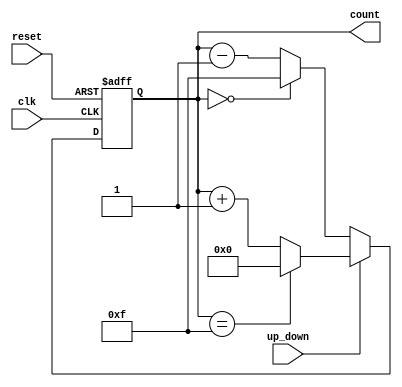
module UpDownCounter #(parameter N = 4) (
    input wire clk,              // Clock signal
    input wire reset,            // Asynchronous reset signal
    input wire up_down,          // Control signal: 1 for up, 0 for down
    output reg [N-1:0] count     // N-bit count output
);

    // Asynchronous reset and counting logic
    always @ (posedge clk or posedge reset) begin
        if (reset) begin
            count <= 0;          // Reset counter to 0
        end else begin
            if (up_down) begin
                count <= (count == {N{1'b1}}) ? 0 : count + 1; // Count up with wrap around
            end else begin
                count <= (count == 0) ? {N{1'b1}} : count - 1; // Count down with wrap around
            end
        end
    end

endmodule